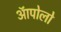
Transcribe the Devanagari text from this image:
ऑपोलो